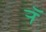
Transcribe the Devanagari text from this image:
र्‍ाॅ